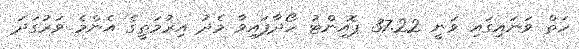
ހަތް ވަނައިގައި ވަނީ 37.22 ޕޮއިންޓު ހޯދާފައިވާ މެދު އިރުމަތީގެ އެންމެ ވަރުގަދަ